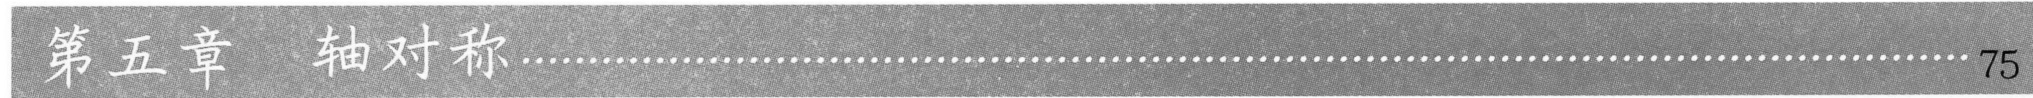
第五章  轴对称……………………………………………………………………75